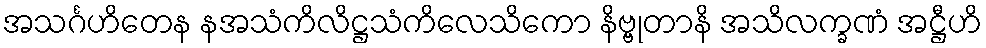
အသင်္ဂဟိတေန နအသံကိလိဋ္ဌသံကိလေသိကော နိဗ္ဗုတာနိ အသိလက္ခဏံ အဋ္ဌီဟိ